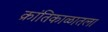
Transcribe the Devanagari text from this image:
क्रांतिकाळातला